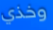
وخذي